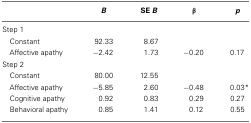
<table><thead><tr><td></td><td><b><i>B</i></b></td><td><b>SE <i>B</i></b></td><td><b>β</b></td><td><b><i>p</i></b></td></tr></thead><tbody><tr><td>Step 1</td></tr><tr><td> Constant</td><td>92.33</td><td>8.67</td><td></td></tr><tr><td> Affective apathy</td><td>−2.42</td><td>1.73</td><td>−0.20</td><td>0.17</td></tr><tr><td>Step 2</td></tr><tr><td> Constant</td><td>80.00</td><td>12.55</td><td></td></tr><tr><td> Affective apathy</td><td>−5.85</td><td>2.60</td><td>−0.48</td><td>0.03*</td></tr><tr><td> Cognitive apathy</td><td>0.92</td><td>0.83</td><td>0.29</td><td>0.27</td></tr><tr><td> Behavioral apathy</td><td>0.85</td><td>1.41</td><td>0.12</td><td>0.55</td></tr></tbody></table>